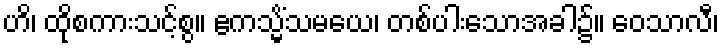
ဟိ၊ ထိုစကားသင့်စွ။ ဧကသ္မိံသမယေ၊ တစ်ပါးသောအခါ၌။ ဝေသာလီ၊